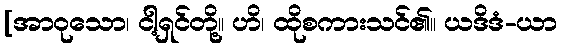
[အာဝုသော၊ ငါ့ရှင်တို့။ ဟိ၊ ထိုစကားသင်၏။ ယဒိဒံ-ယာ